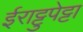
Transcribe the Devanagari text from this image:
ईराट्टुपेट्टा